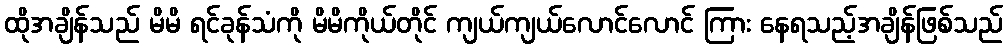
ထိုအချိန်သည် မိမိ ရင်ခုန်သံကို မိမိကိုယ်တိုင် ကျယ်ကျယ်လောင်လောင် ကြား နေရသည့်အချိန်ဖြစ်သည်